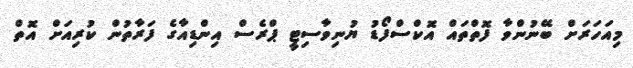
މިއަހަރަށް ބޭނުންވާ ފޮތްތައް އޮކްސްފޯޑު ޔުނިވާސިޓީ ޕްރެސް އިންޑިއާގެ ފަރާތުން ކުރިއަށް އޮތް